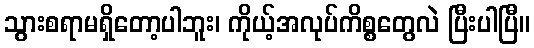
သွားစရာမရှိတော့ပါဘူး၊ ကိုယ့်အလုပ်ကိစ္စတွေလဲ ပြီးပါပြီ။